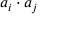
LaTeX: a _ { i } \cdot a _ { j }